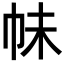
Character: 𭘕